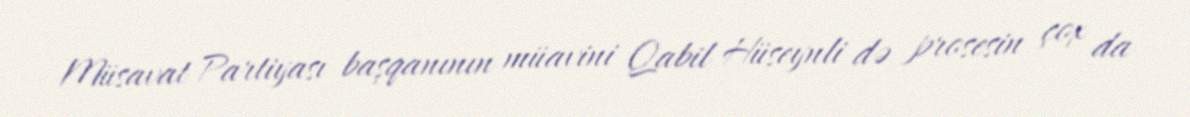
Müsavat Partiyası başqanının müavini Qabil Hüseynli də prosesin çox da